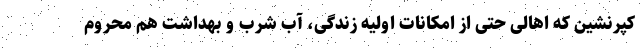
کپرنشین که اهالی حتی از امکانات اولیه زندگی، آب شرب و بهداشت هم محروم